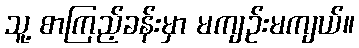
သူ့ စာကြည့်ခန်းမှာ မကျဉ်းမကျယ်။